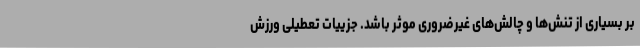
بر بسیاری از تنش‌ها و چالش‌های غیرضروری موثر باشد. جزییات تعطیلی ورزش